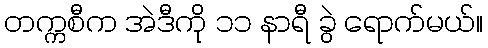
တက္ကစီက အဲဒီကို ၁၁ နာရီ ခွဲ ရောက်မယ်။